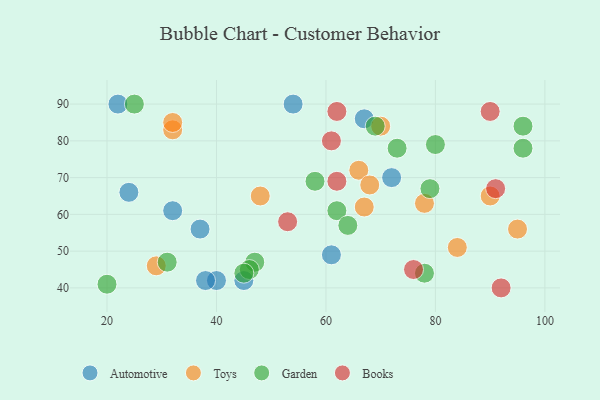
{"axis": {"x": "GDP", "y": "Life Expectancy"}, "legend": ["Automotive", "Books", "Garden", "Toys"], "data": [{"x": "40", "y": 42, "type": "Automotive"}, {"x": "24", "y": 66, "type": "Automotive"}, {"x": "54", "y": 90, "type": "Automotive"}, {"x": "22", "y": 90, "type": "Automotive"}, {"x": "72", "y": 70, "type": "Automotive"}, {"x": "32", "y": 61, "type": "Automotive"}, {"x": "38", "y": 42, "type": "Automotive"}, {"x": "45", "y": 42, "type": "Automotive"}, {"x": "61", "y": 49, "type": "Automotive"}, {"x": "67", "y": 86, "type": "Automotive"}, {"x": "37", "y": 56, "type": "Automotive"}, {"x": "84", "y": 51, "type": "Toys"}, {"x": "29", "y": 46, "type": "Toys"}, {"x": "67", "y": 62, "type": "Toys"}, {"x": "66", "y": 72, "type": "Toys"}, {"x": "90", "y": 65, "type": "Toys"}, {"x": "70", "y": 84, "type": "Toys"}, {"x": "95", "y": 56, "type": "Toys"}, {"x": "32", "y": 83, "type": "Toys"}, {"x": "48", "y": 65, "type": "Toys"}, {"x": "78", "y": 63, "type": "Toys"}, {"x": "32", "y": 85, "type": "Toys"}, {"x": "68", "y": 68, "type": "Toys"}, {"x": "78", "y": 44, "type": "Garden"}, {"x": "62", "y": 61, "type": "Garden"}, {"x": "69", "y": 84, "type": "Garden"}, {"x": "47", "y": 47, "type": "Garden"}, {"x": "58", "y": 69, "type": "Garden"}, {"x": "79", "y": 67, "type": "Garden"}, {"x": "96", "y": 84, "type": "Garden"}, {"x": "64", "y": 57, "type": "Garden"}, {"x": "73", "y": 78, "type": "Garden"}, {"x": "46", "y": 45, "type": "Garden"}, {"x": "45", "y": 44, "type": "Garden"}, {"x": "80", "y": 79, "type": "Garden"}, {"x": "25", "y": 90, "type": "Garden"}, {"x": "31", "y": 47, "type": "Garden"}, {"x": "96", "y": 78, "type": "Garden"}, {"x": "20", "y": 41, "type": "Garden"}, {"x": "62", "y": 69, "type": "Books"}, {"x": "53", "y": 58, "type": "Books"}, {"x": "62", "y": 88, "type": "Books"}, {"x": "91", "y": 67, "type": "Books"}, {"x": "90", "y": 88, "type": "Books"}, {"x": "61", "y": 80, "type": "Books"}, {"x": "92", "y": 40, "type": "Books"}, {"x": "76", "y": 45, "type": "Books"}]}